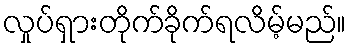
လှုပ်ရှားတိုက်ခိုက်ရလိမ့်မည်။